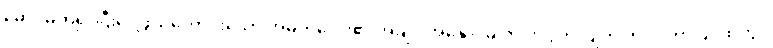
မှောင်မိုက်၍ ငြီးငွေ့ဖွယ်ကောင်းသော အိမ်ကလေး၏ အချုပ်အနှောင်မှ ကင်းလွတ်လျက် ဤလဟာပြင်ထဲတွင်